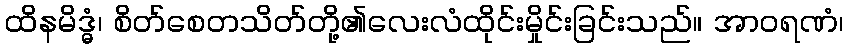
ထိနမိဒ္ဓံ၊ စိတ်စေတသိတ်တို့၏လေးလံထိုင်းမှိုင်းခြင်းသည်။ အာဝရဏံ၊